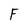
Character: F